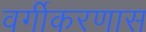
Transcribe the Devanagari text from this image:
वर्गीकरणास